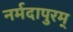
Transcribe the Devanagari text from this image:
नर्मदापुरम्